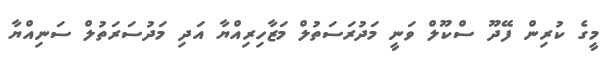
މީގެ ކުރިން ފޭދޫ ސްކޫލް ވަނީ މަދުރަސަތުލް މަޒާހިރިއްޔާ އަދި މަދުސަރަތުލް ސަނިއްޔާ